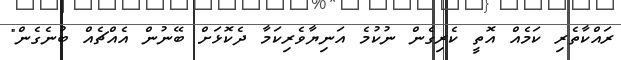
ރައްކާތެރި ކަމެއް އޮތީ ކެރިގެން ނުކުމެ އަނިޔާވެރިކަމާ ދެކޮޅަށް ބޭނުން އެއްޗެއް ބުނެގެން"